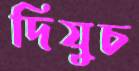
দিযুচ